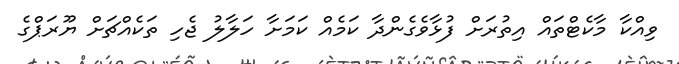
ވިއްކާ މާކެޓްތައް އިތުރަށް ފުޅާވެގެންދާ ކަމެއް ކަމަށާ ހަލާލު ޖެހި ތަކެއްޗަށް ޔޫރަޕްގެ